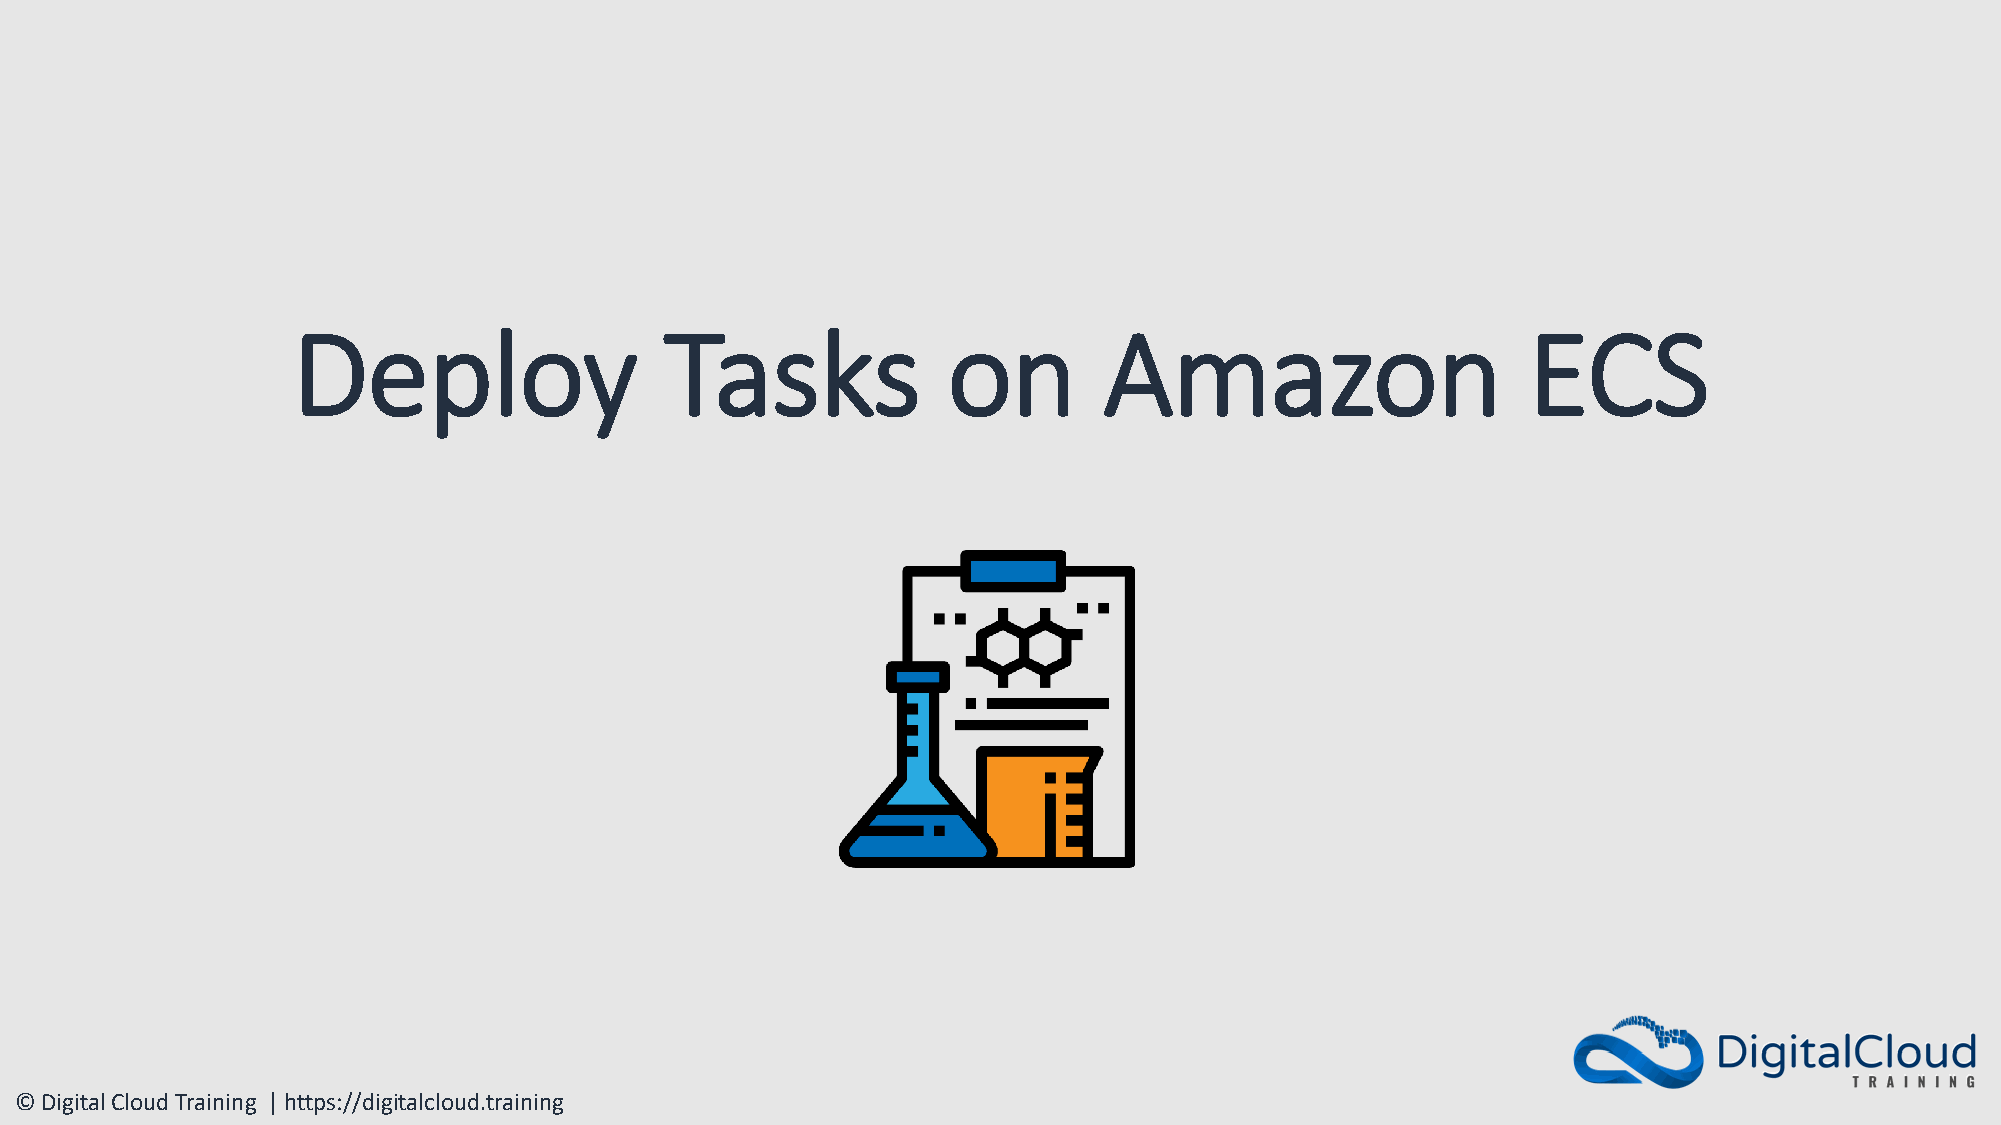
Deploy                   Tasks              on        Amazon                      ECS
 © Digital Cloud Training | https://digitalcloud.training